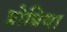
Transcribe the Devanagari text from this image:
प्रोप्रिया